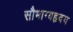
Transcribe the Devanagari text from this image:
सौभाग्यहृदय